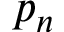
p _ { n }